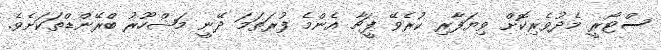
ސްޓޯރީ މެދުވެރިކޮށް ވިޔަފާރި ކުރެވޭ ފީޗާ އެންމެ ފުރަތަމަ ދޭނީ މަޝްހޫރު ބްރޭންޑްތަކަށެވެ.